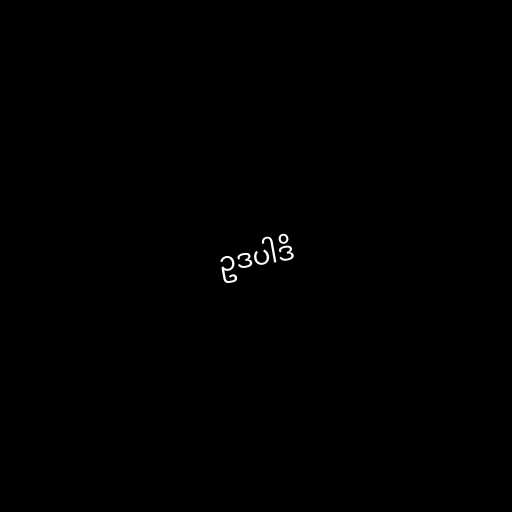
ဥဒပါဒိ